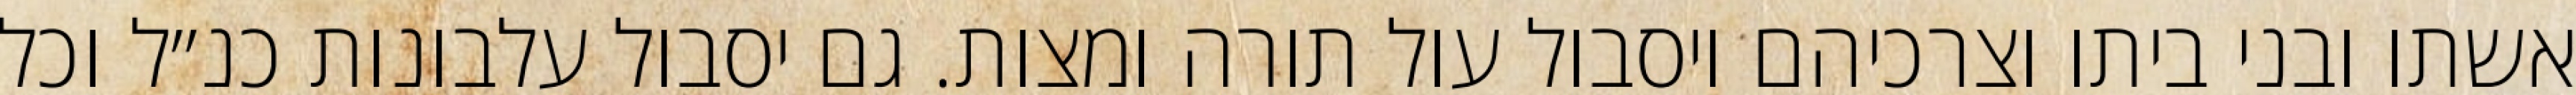
אשתו ובני ביתו וצרכיהם ויסבול עול תורה ומצות. גם יסבול עלבונות כנ״ל וכל